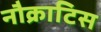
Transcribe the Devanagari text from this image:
नौक्राटिस